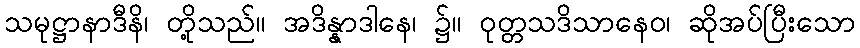
သမုဋ္ဌာနာဒီနိ၊ တို့သည်။ အဒိန္နာဒါနေ၊ ၌။ ဝုတ္တသဒိသာနေဝ၊ ဆိုအပ်ပြီးသော